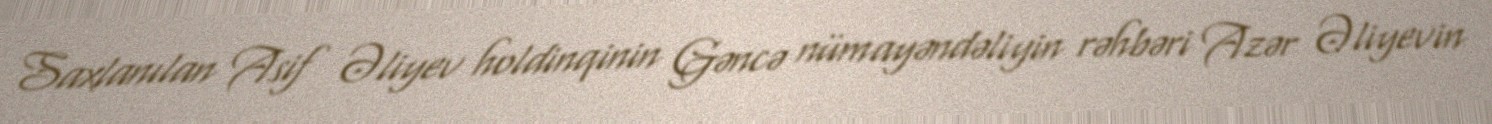
Saxlanılan Asif Əliyev holdinqinin Gəncə nümayəndəliyin rəhbəri Azər Əliyevin